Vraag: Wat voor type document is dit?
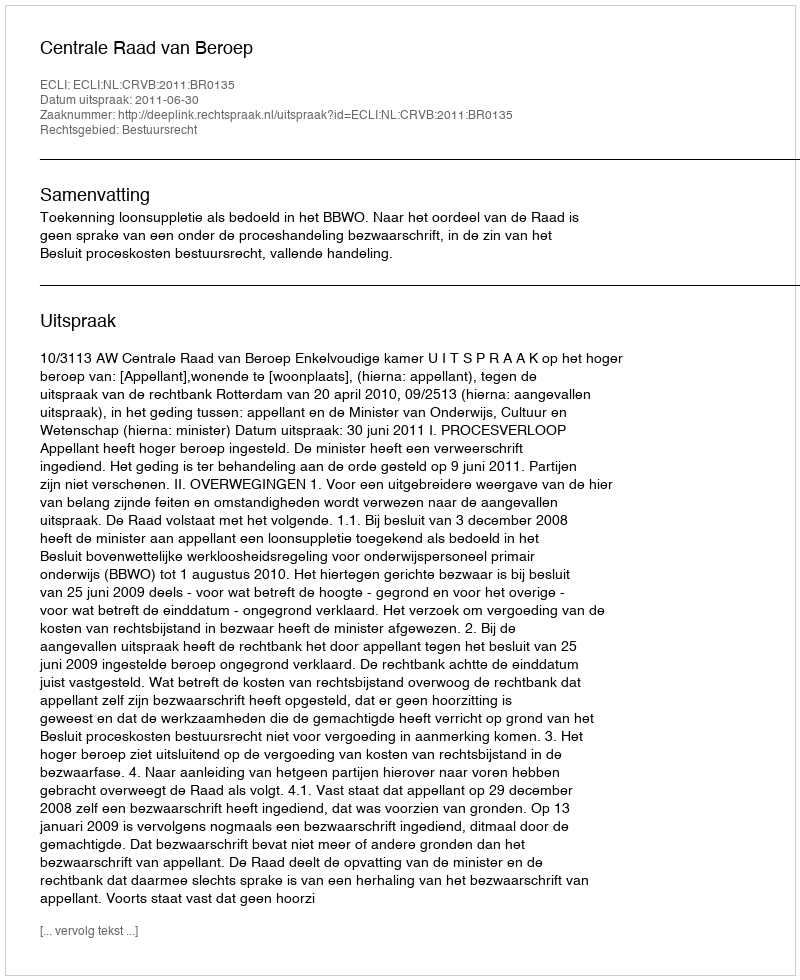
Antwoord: Uitspraak